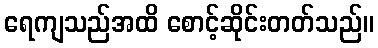
ရေကျသည်အထိ စောင့်ဆိုင်းတတ်သည်။